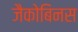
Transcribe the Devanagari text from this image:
जैकोबिनस